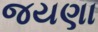
જયણા